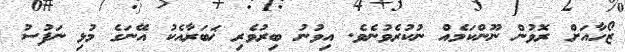
ޒޯހާއަށް ރޮވުން ނޫންކަމެއް ނުކުރެވުނެވެ. އިވުނު ބިރުވެރި ޚަބަރާއެކު އޭނަގެ މުޅި ނަފުސު